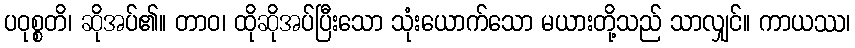
ပဝုစ္စတိ၊ ဆိုအပ်၏။ တာဝ၊ ထိုဆိုအပ်ပြီးသော သုံးယောက်သော မယားတို့သည် သာလျှင်။ ကာယဿ၊